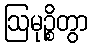
ဩမုဉ္စိတွာ